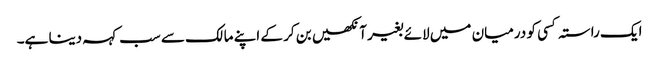
ایک راستہ کسی کو درمیان میں لائے بغیر آنکھیں بن کر کے اپنے مالک سے سب کہہ دینا ہے۔